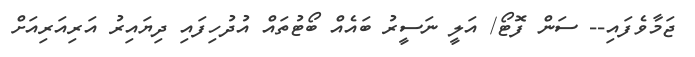
ޖަމާވެފައި-- ސަން ފޮޓޯ/ އަލީ ނަސީރު ބައެއް ބޯޓުތައް އުދުހިފައި ދިޔައިރު އަރިއަރިއަށް